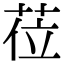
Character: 莅